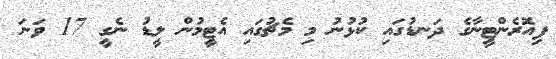
ފިއޮރެންޓީނާގެ ދަނޑުގައި ކުޅުނު މި މެޗުގައި އެޓީމުން ލީޑު ނެގީ 17 ވަނަ